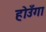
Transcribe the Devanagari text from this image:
होउँगा